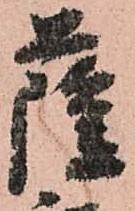
薩